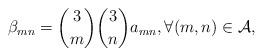
LaTeX: \begin{align*} \beta_{mn}=\binom{3}{m}\binom{3}{n}a_{mn}, \forall(m,n)\in{\cal A},\end{align*}